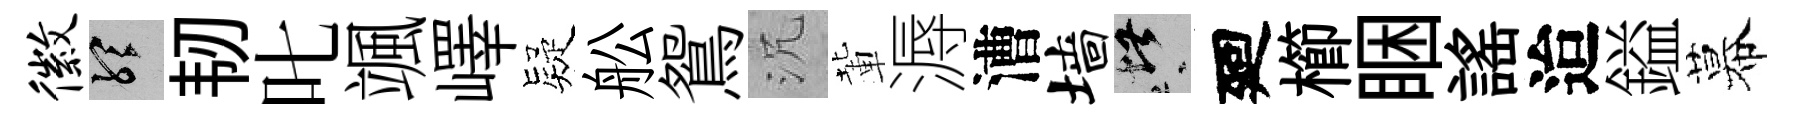
徽聽韧叱颯嶧疑舩鴛沉輩溽漕墙堪廻櫛睏謡迨鎰幕